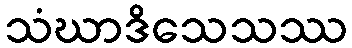
သံဃာဒိသေသဿ